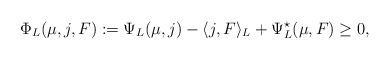
LaTeX: \begin{align*} \Phi_L(\mu,j,F) := \Psi_L(\mu,j) - \langle j, F\rangle_L + \Psi^\star_L(\mu, F)\ge 0,\end{align*}